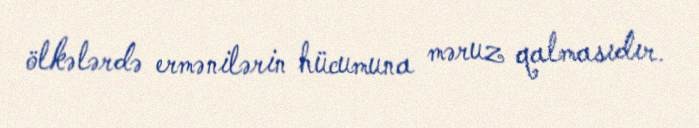
ölkələrdə ermənilərin hücumuna məruz qalmasıdır.